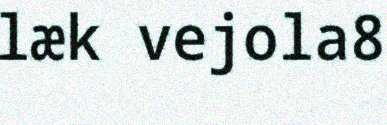
læk vejola8